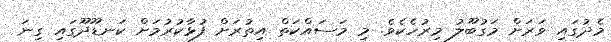
މެދުގައި ވަރަށް މަގުބޫލު މިރުހެކެވެ. މި މަސައްކަތް އިތުރަށް ފުޅާކުރުމަށް ކަނޑޫދޫގައި ގިނަ